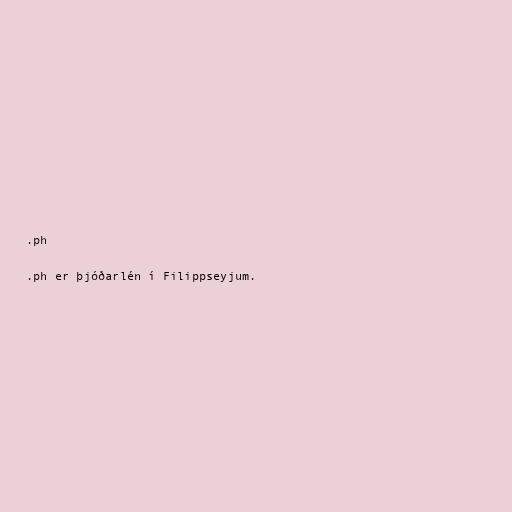
.ph

.ph er þjóðarlén í Filippseyjum.